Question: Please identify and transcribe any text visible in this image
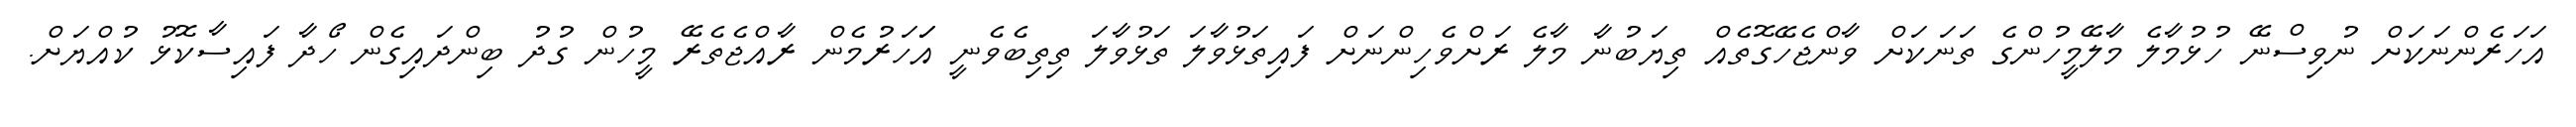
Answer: އަހަރެންނަކަށް ނުވިސްނޭ ހުޅުމާލެ މާލޭމީހުންގެ ތަނަކަށް ވާންޖެހޭގޮތެއް ތިޔަބުނާ މާލެ ރަށްވެހިންނަށް ފައިތަޅުވާލަ ތަޅުވާލަ ތިތިބެވެނީ އަަހަރުމެން ރާއްޖެތެރޭ މީހުން ގުދު ބިންދައިގެން ހޯދާ ފައިސާކޮޅު ކުއްޔަށް.